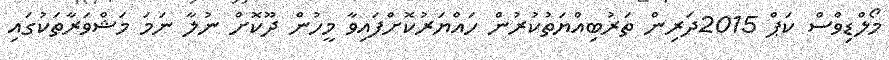
މޯލްޑިވްސް ކަޕް 2015ދަރިން ތަރުބިއްޔަތުކުރުން ހައްޔަރުކޮށްފައިވާ މީހުން ދޫކޮށް ނުލާ ނަމަ މަޝްވަރާތަކުގައި